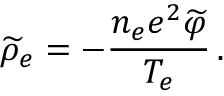
\widetilde { \rho } _ { e } = - \frac { n _ { e } e ^ { 2 } \widetilde { \varphi } } { T _ { e } } \, .